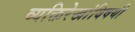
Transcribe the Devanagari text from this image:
व्यक्तिरेखांविषयी